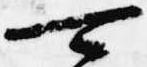
可